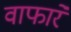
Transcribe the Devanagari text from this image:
वाफारे